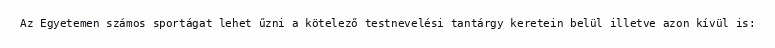
Az Egyetemen számos sportágat lehet űzni a kötelező testnevelési tantárgy keretein belül illetve azon kívül is: